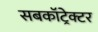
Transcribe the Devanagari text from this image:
सबकॉट्रेक्टर